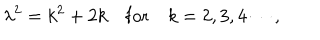
LaTeX: \lambda ^ { 2 } = k ^ { 2 } + 2 k \quad \mathrm { f o r } \quad k = 2 , 3 , 4 \cdots ,